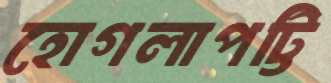
হোগলাপট্টি